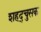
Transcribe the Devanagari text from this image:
शहद्चुसक